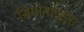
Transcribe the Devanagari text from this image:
सिमोनाइड्स